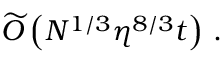
\widetilde { \cal O } \left( N ^ { 1 / 3 } \eta ^ { 8 / 3 } t \right) \, .